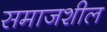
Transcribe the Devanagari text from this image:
समाजशील